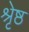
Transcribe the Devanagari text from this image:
श्रृेष्ठ